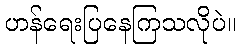
ဟန်ရေးပြနေကြသလိုပဲ။